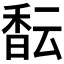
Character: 𱄎